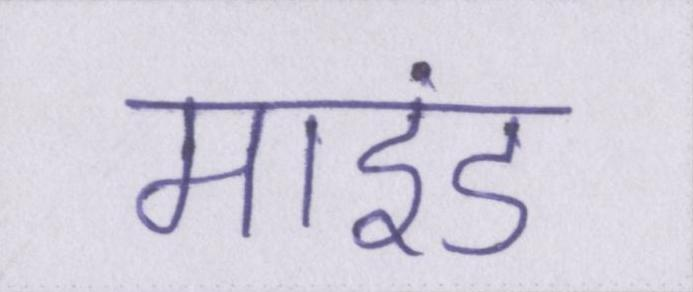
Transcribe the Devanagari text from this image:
माइंड